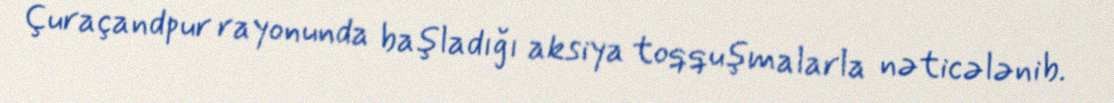
Çuraçandpur rayonunda başladığı aksiya toqquşmalarla nəticələnib.